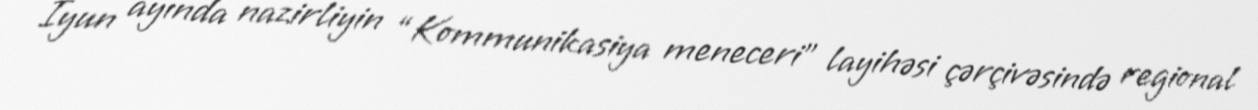
İyun ayında nazirliyin “Kommunikasiya meneceri” layihəsi çərçivəsində regional